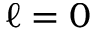
\ell = 0